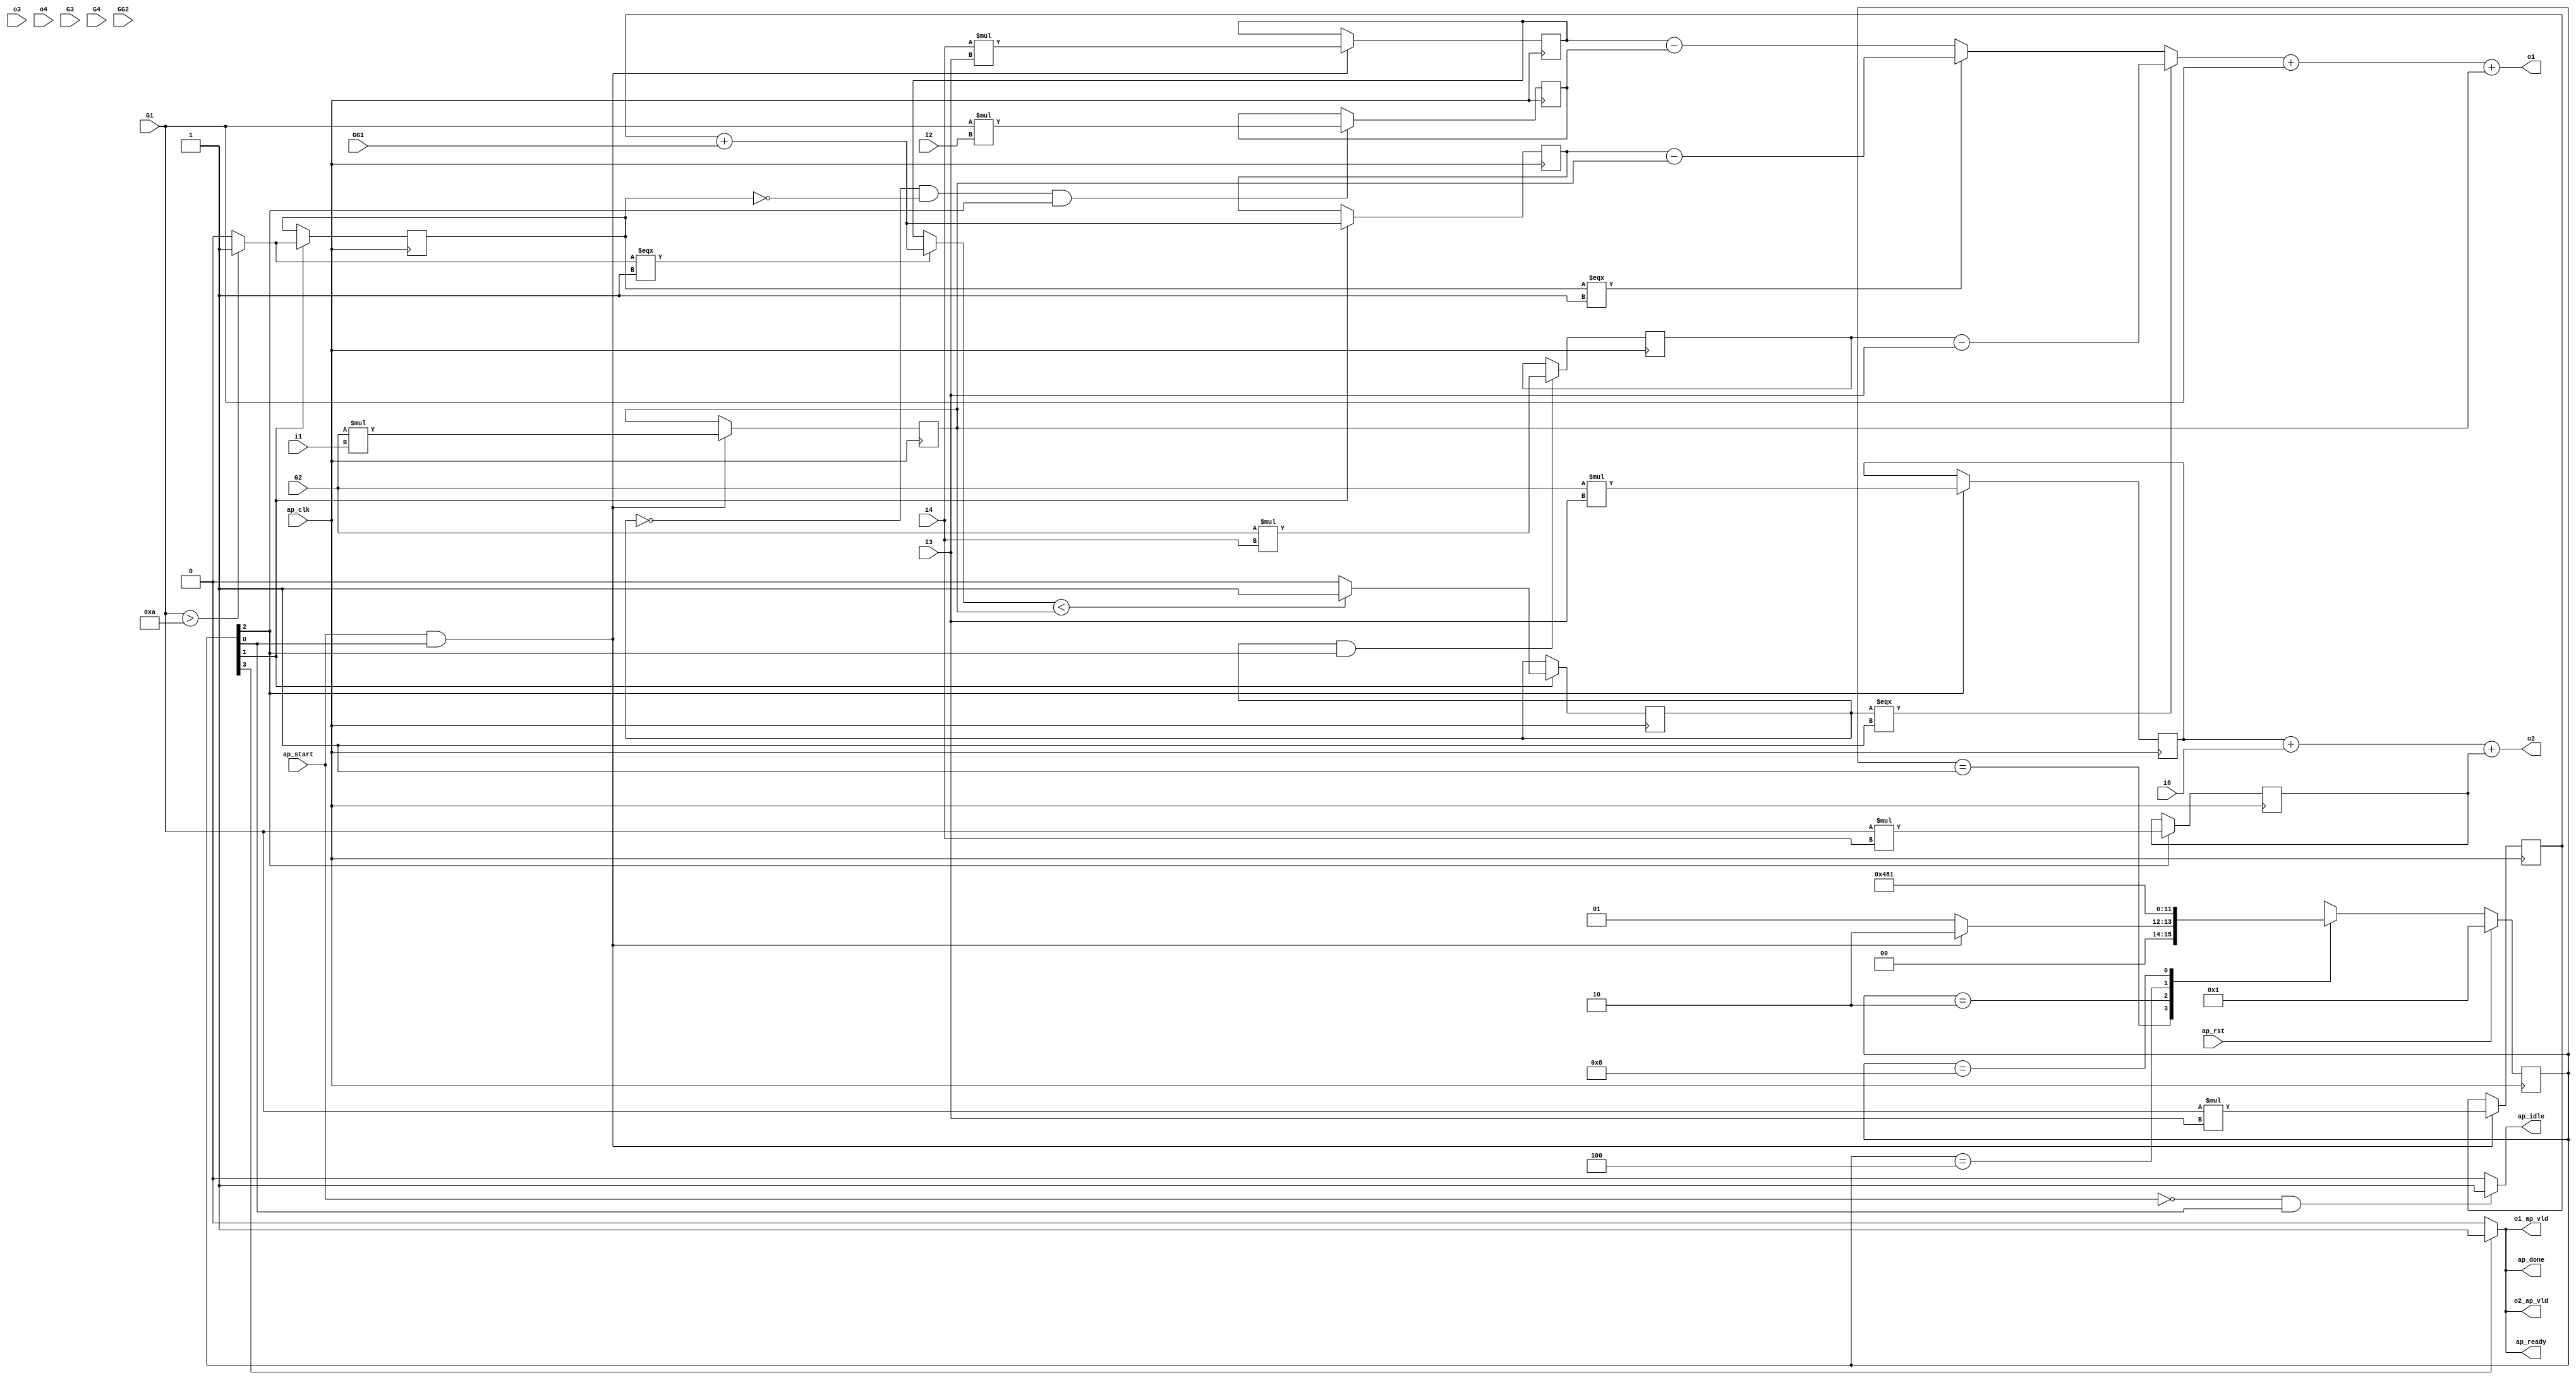
// ==============================================================
// RTL generated by Vivado(TM) HLS - High-Level Synthesis from C, C++ and SystemC
// Version: 2018.3
// Copyright (C) 1986-2018 Xilinx, Inc. All Rights Reserved.
// 
// ===========================================================

`timescale 1 ns / 1 ps 

(* CORE_GENERATION_INFO="hls_macc_nc,hls_ip_2018_3,{HLS_INPUT_TYPE=c,HLS_INPUT_FLOAT=0,HLS_INPUT_FIXED=0,HLS_INPUT_PART=xa7a12tcsg325-1q,HLS_INPUT_CLOCK=10.000000,HLS_INPUT_ARCH=others,HLS_SYN_CLOCK=8.577000,HLS_SYN_LAT=3,HLS_SYN_TPT=none,HLS_SYN_MEM=0,HLS_SYN_DSP=21,HLS_SYN_FF=262,HLS_SYN_LUT=590,HLS_VERSION=2018_3}" *)

module hls_macc_nc (
        ap_clk,
        ap_rst,
        ap_start,
        ap_done,
        ap_idle,
        ap_ready,
        i1,
        i2,
        i3,
        i4,
        i6,
        o1,
        o1_ap_vld,
        o2,
        o2_ap_vld,
        o3,
        o4,
        G1,
        G2,
        G3,
        G4,
        GG1,
        GG2
);

parameter    ap_ST_fsm_state1 = 4'd1;
parameter    ap_ST_fsm_state2 = 4'd2;
parameter    ap_ST_fsm_state3 = 4'd4;
parameter    ap_ST_fsm_state4 = 4'd8;

input   ap_clk;
input   ap_rst;
input   ap_start;
output   ap_done;
output   ap_idle;
output   ap_ready;
input  [31:0] i1;
input  [31:0] i2;
input  [31:0] i3;
input  [31:0] i4;
input  [31:0] i6;
output  [31:0] o1;
output   o1_ap_vld;
output  [31:0] o2;
output   o2_ap_vld;
input  [31:0] o3;
input  [31:0] o4;
input  [31:0] G1;
input  [31:0] G2;
input  [31:0] G3;
input  [31:0] G4;
input  [31:0] GG1;
input  [31:0] GG2;

reg ap_done;
reg ap_idle;
reg ap_ready;
reg o1_ap_vld;
reg o2_ap_vld;

(* fsm_encoding = "none" *) reg   [3:0] ap_CS_fsm;
wire    ap_CS_fsm_state1;
wire   [31:0] op4_fu_104_p2;
reg   [31:0] op4_reg_235;
wire   [31:0] op5_fu_110_p2;
reg   [31:0] op5_reg_242;
wire   [31:0] op5_2_fu_116_p2;
reg   [31:0] op5_2_reg_247;
wire   [0:0] tmp_fu_122_p2;
reg   [0:0] tmp_reg_253;
wire    ap_CS_fsm_state2;
wire   [31:0] op5_1_fu_127_p2;
reg   [31:0] op5_1_reg_258;
wire   [0:0] tmp_6_fu_139_p2;
reg   [0:0] tmp_6_reg_263;
wire   [31:0] op3_fu_144_p2;
reg   [31:0] op3_reg_268;
wire    ap_CS_fsm_state3;
wire   [31:0] op6_3_fu_149_p2;
reg   [31:0] op6_3_reg_273;
wire   [31:0] op7_fu_153_p2;
reg   [31:0] op7_reg_278;
wire   [31:0] op8_fu_157_p2;
reg   [31:0] op8_reg_283;
wire    ap_CS_fsm_state4;
wire  signed [31:0] op4_fu_104_p0;
wire  signed [31:0] op4_fu_104_p1;
wire  signed [31:0] op5_fu_110_p0;
wire  signed [31:0] op5_fu_110_p1;
wire  signed [31:0] op5_2_fu_116_p0;
wire  signed [31:0] op5_2_fu_116_p1;
wire  signed [31:0] tmp_fu_122_p0;
wire   [31:0] op5_3_fu_132_p3;
wire  signed [31:0] op3_fu_144_p0;
wire  signed [31:0] op3_fu_144_p1;
wire  signed [31:0] op6_3_fu_149_p0;
wire  signed [31:0] op6_3_fu_149_p1;
wire  signed [31:0] op7_fu_153_p0;
wire  signed [31:0] op7_fu_153_p1;
wire  signed [31:0] op8_fu_157_p0;
wire  signed [31:0] op8_fu_157_p1;
wire   [31:0] op6_fu_161_p2;
wire   [31:0] op6_2_fu_165_p2;
wire  signed [31:0] op6_4_fu_176_p1;
wire   [31:0] op6_4_fu_176_p2;
wire   [31:0] op6_5_fu_169_p3;
wire   [31:0] op6_1_fu_180_p3;
wire  signed [31:0] tmp1_fu_187_p1;
wire   [31:0] tmp1_fu_187_p2;
wire   [31:0] tmp2_fu_198_p2;
reg   [3:0] ap_NS_fsm;

// power-on initialization
initial begin
#0 ap_CS_fsm = 4'd1;
end

always @ (posedge ap_clk) begin
    if (ap_rst == 1'b1) begin
        ap_CS_fsm <= ap_ST_fsm_state1;
    end else begin
        ap_CS_fsm <= ap_NS_fsm;
    end
end

always @ (posedge ap_clk) begin
    if (((tmp_6_reg_263 == 1'd0) & (tmp_reg_253 == 1'd0) & (1'b1 == ap_CS_fsm_state3))) begin
        op3_reg_268 <= op3_fu_144_p2;
    end
end

always @ (posedge ap_clk) begin
    if (((ap_start == 1'b1) & (1'b1 == ap_CS_fsm_state1))) begin
        op4_reg_235 <= op4_fu_104_p2;
        op5_2_reg_247 <= op5_2_fu_116_p2;
        op5_reg_242 <= op5_fu_110_p2;
    end
end

always @ (posedge ap_clk) begin
    if ((1'b1 == ap_CS_fsm_state2)) begin
        op5_1_reg_258 <= op5_1_fu_127_p2;
        tmp_6_reg_263 <= tmp_6_fu_139_p2;
        tmp_reg_253 <= tmp_fu_122_p2;
    end
end

always @ (posedge ap_clk) begin
    if (((tmp_6_reg_263 == 1'd1) & (1'b1 == ap_CS_fsm_state3))) begin
        op6_3_reg_273 <= op6_3_fu_149_p2;
    end
end

always @ (posedge ap_clk) begin
    if ((1'b1 == ap_CS_fsm_state3)) begin
        op7_reg_278 <= op7_fu_153_p2;
        op8_reg_283 <= op8_fu_157_p2;
    end
end

always @ (*) begin
    if ((1'b1 == ap_CS_fsm_state4)) begin
        ap_done = 1'b1;
    end else begin
        ap_done = 1'b0;
    end
end

always @ (*) begin
    if (((ap_start == 1'b0) & (1'b1 == ap_CS_fsm_state1))) begin
        ap_idle = 1'b1;
    end else begin
        ap_idle = 1'b0;
    end
end

always @ (*) begin
    if ((1'b1 == ap_CS_fsm_state4)) begin
        ap_ready = 1'b1;
    end else begin
        ap_ready = 1'b0;
    end
end

always @ (*) begin
    if ((1'b1 == ap_CS_fsm_state4)) begin
        o1_ap_vld = 1'b1;
    end else begin
        o1_ap_vld = 1'b0;
    end
end

always @ (*) begin
    if ((1'b1 == ap_CS_fsm_state4)) begin
        o2_ap_vld = 1'b1;
    end else begin
        o2_ap_vld = 1'b0;
    end
end

always @ (*) begin
    case (ap_CS_fsm)
        ap_ST_fsm_state1 : begin
            if (((ap_start == 1'b1) & (1'b1 == ap_CS_fsm_state1))) begin
                ap_NS_fsm = ap_ST_fsm_state2;
            end else begin
                ap_NS_fsm = ap_ST_fsm_state1;
            end
        end
        ap_ST_fsm_state2 : begin
            ap_NS_fsm = ap_ST_fsm_state3;
        end
        ap_ST_fsm_state3 : begin
            ap_NS_fsm = ap_ST_fsm_state4;
        end
        ap_ST_fsm_state4 : begin
            ap_NS_fsm = ap_ST_fsm_state1;
        end
        default : begin
            ap_NS_fsm = 'bx;
        end
    endcase
end

assign ap_CS_fsm_state1 = ap_CS_fsm[32'd0];

assign ap_CS_fsm_state2 = ap_CS_fsm[32'd1];

assign ap_CS_fsm_state3 = ap_CS_fsm[32'd2];

assign ap_CS_fsm_state4 = ap_CS_fsm[32'd3];

assign o1 = (tmp1_fu_187_p2 + op4_reg_235);

assign o2 = (tmp2_fu_198_p2 + op7_reg_278);

assign op3_fu_144_p0 = G1;

assign op3_fu_144_p1 = i2;

assign op3_fu_144_p2 = ($signed(op3_fu_144_p0) * $signed(op3_fu_144_p1));

assign op4_fu_104_p0 = G2;

assign op4_fu_104_p1 = i1;

assign op4_fu_104_p2 = ($signed(op4_fu_104_p0) * $signed(op4_fu_104_p1));

assign op5_1_fu_127_p2 = (op5_reg_242 + GG1);

assign op5_2_fu_116_p0 = i4;

assign op5_2_fu_116_p1 = i3;

assign op5_2_fu_116_p2 = ($signed(op5_2_fu_116_p0) * $signed(op5_2_fu_116_p1));

assign op5_3_fu_132_p3 = ((tmp_fu_122_p2[0:0] === 1'b1) ? op5_1_fu_127_p2 : op5_2_reg_247);

assign op5_fu_110_p0 = G1;

assign op5_fu_110_p1 = i3;

assign op5_fu_110_p2 = ($signed(op5_fu_110_p0) * $signed(op5_fu_110_p1));

assign op6_1_fu_180_p3 = ((tmp_6_reg_263[0:0] === 1'b1) ? op6_4_fu_176_p2 : op6_5_fu_169_p3);

assign op6_2_fu_165_p2 = (op5_2_reg_247 - op3_reg_268);

assign op6_3_fu_149_p0 = G2;

assign op6_3_fu_149_p1 = i4;

assign op6_3_fu_149_p2 = ($signed(op6_3_fu_149_p0) * $signed(op6_3_fu_149_p1));

assign op6_4_fu_176_p1 = i3;

assign op6_4_fu_176_p2 = ($signed(op6_3_reg_273) - $signed(op6_4_fu_176_p1));

assign op6_5_fu_169_p3 = ((tmp_reg_253[0:0] === 1'b1) ? op6_fu_161_p2 : op6_2_fu_165_p2);

assign op6_fu_161_p2 = (op5_1_reg_258 - op4_reg_235);

assign op7_fu_153_p0 = G1;

assign op7_fu_153_p1 = i4;

assign op7_fu_153_p2 = ($signed(op7_fu_153_p0) * $signed(op7_fu_153_p1));

assign op8_fu_157_p0 = G2;

assign op8_fu_157_p1 = i3;

assign op8_fu_157_p2 = ($signed(op8_fu_157_p0) * $signed(op8_fu_157_p1));

assign tmp1_fu_187_p1 = G1;

assign tmp1_fu_187_p2 = ($signed(op6_1_fu_180_p3) + $signed(tmp1_fu_187_p1));

assign tmp2_fu_198_p2 = (op8_reg_283 + i6);

assign tmp_6_fu_139_p2 = ((op5_3_fu_132_p3 < op4_reg_235) ? 1'b1 : 1'b0);

assign tmp_fu_122_p0 = G1;

assign tmp_fu_122_p2 = ((tmp_fu_122_p0 > 32'd10) ? 1'b1 : 1'b0);

endmodule //hls_macc_nc